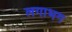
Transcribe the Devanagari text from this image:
लगाभग